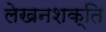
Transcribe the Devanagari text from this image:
लेखनशक्ति